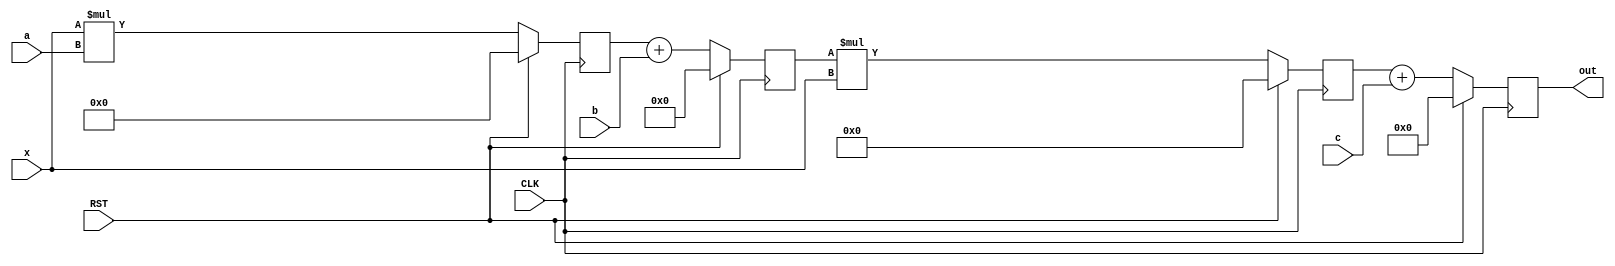
`timescale 1ns / 1ps
//////////////////////////////////////////////////////////////////////////////////
// Company: 
// Engineer: 
// 
// Design Name: 
// Module Name: HW4_1C_Nagelvoort_Ethan
// Project Name: 
// Target Devices: 
// Tool Versions: 
// Description: 
// 
// Dependencies: 
// 
// Revision:
// Revision 0.01 - File Created
// Additional Comments:
// 
//////////////////////////////////////////////////////////////////////////////////


module HW4_1C_Nagelvoort_Ethan #(parameter WLx = 6, WLa = 2, WLb = 3, WLc = 4, //sizes of x,a,b,c
 WLmul = WLx + WLa, //size of mulR1
 WLadd = (WLmul > WLb) ? WLmul + 1 : WLb +1, //size of addR
 WLmul2 = WLadd + WLx, //size of mulR2
 WLout = (WLmul2 > WLc) ? WLmul2 + 1 : WLc +1)//size of out
 (input CLK, RST,
 input signed [WLx - 1 : 0] x,
 input signed [WLa - 1 : 0] a,
 input signed [WLb - 1 : 0] b,
 input signed [WLc - 1 : 0] c,
 output reg signed [WLout - 1 : 0] out);

 reg signed [WLmul - 1 : 0] mulR1;
 reg signed [WLadd - 1 : 0] addR;
 reg signed [WLmul2 - 1 : 0] mulR2;

 always @(posedge CLK) begin
 if(RST == 1'b1) begin //if rst is active, all regs are 0
 out <= 0; 
 mulR1 <= 0;
 addR <= 0;
 mulR2<= 0;
 end
 else begin //if rst isn't zero proceed with the operations presented in the circuit
 mulR1 <= x * a;
 addR <= mulR1 + b;
 mulR2 <= addR * x;
 out <= mulR2 + c;
 end
 end
endmodule